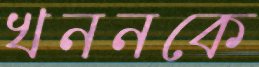
খননকে